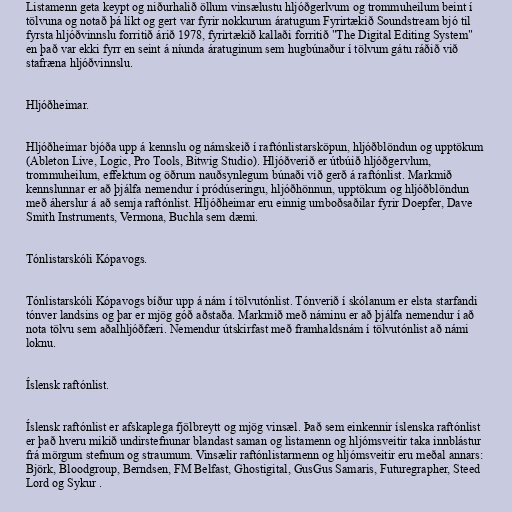
Listamenn geta keypt og niðurhalið öllum vinsælustu hljóðgerlvum og trommuheilum beint í
tölvuna og notað þá líkt og gert var fyrir nokkurum áratugum Fyrirtækið Soundstream bjó til
fyrsta hljóðvinnslu forritið árið 1978, fyrirtækið kallaði forritið "The Digital Editing System"
en það var ekki fyrr en seint á níunda áratuginum sem hugbúnaður í tölvum gátu ráðið við
stafræna hljóðvinnslu.

Hljóðheimar.

Hljóðheimar bjóða upp á kennslu og námskeið í raftónlistarsköpun, hljóðblöndun og upptökum
(Ableton Live, Logic, Pro Tools, Bitwig Studio). Hljóðverið er útbúið hljóðgervlum,
trommuheilum, effektum og öðrum nauðsynlegum búnaði við gerð á raftónlist. Markmið
kennslunnar er að þjálfa nemendur í pródúseringu, hljóðhönnun, upptökum og hljóðblöndun
með áherslur á að semja raftónlist. Hljóðheimar eru einnig umboðsaðilar fyrir Doepfer, Dave
Smith Instruments, Vermona, Buchla sem dæmi.

Tónlistarskóli Kópavogs.

Tónlistarskóli Kópavogs bíður upp á nám í tölvutónlist. Tónverið í skólanum er elsta starfandi
tónver landsins og þar er mjög góð aðstaða. Markmið með náminu er að þjálfa nemendur í að
nota tölvu sem aðalhljóðfæri. Nemendur útskirfast með framhaldsnám í tölvutónlist að námi
loknu.

Íslensk raftónlist.

Íslensk raftónlist er afskaplega fjölbreytt og mjög vinsæl. Það sem einkennir íslenska raftónlist
er það hveru mikið undirstefnunar blandast saman og listamenn og hljómsveitir taka innblástur
frá mörgum stefnum og straumum. Vinsælir raftónlistarmenn og hljómsveitir eru meðal annars:
Björk, Bloodgroup, Berndsen, FM Belfast, Ghostigital, GusGus Samaris, Futuregrapher, Steed
Lord og Sykur .